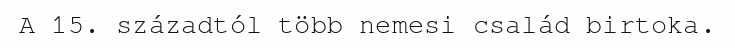
A 15. századtól több nemesi család birtoka.